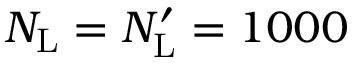
N _ { \mathrm { L } } = N _ { \mathrm { L } } ^ { \prime } = 1 0 0 0